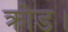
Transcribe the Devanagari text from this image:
क्रोड।